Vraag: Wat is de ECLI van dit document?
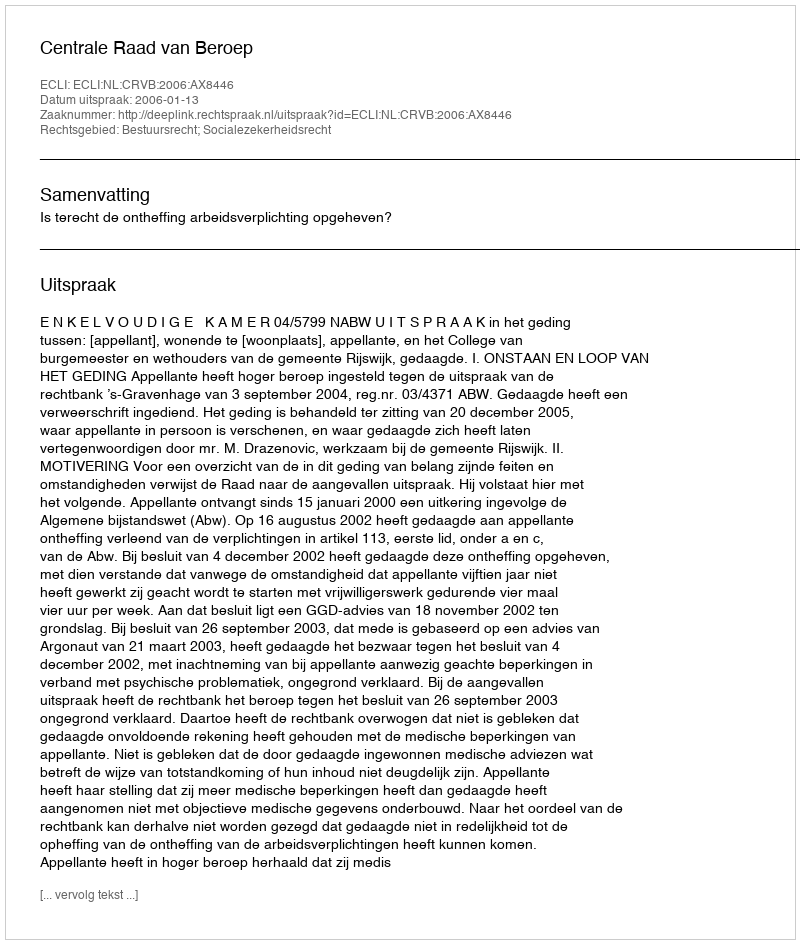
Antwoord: ECLI:NL:CRVB:2006:AX8446